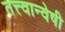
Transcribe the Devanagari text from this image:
तत्त्वान्वेषी